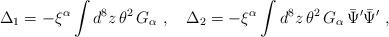
LaTeX: \begin{align*}\Delta_1=-\xi^\alpha\int d^8z\, \theta^2\, G_\alpha\ ,\quad\Delta_2=- \xi^\alpha \int d^8z\,\theta^2\, G_\alpha\, \bar \Psi'\bar \Psi'\ ,\end{align*}